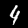
Label: 4